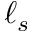
\ell _ { s }